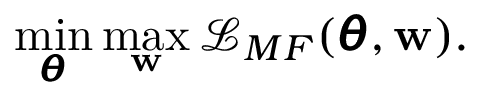
\operatorname* { m i n } _ { \pmb { \theta } } \operatorname* { m a x } _ { \mathbf { w } } \mathcal { L } _ { M F } ( \pmb { \theta } , \mathbf { w } ) .